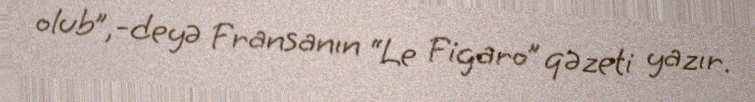
olub”,-deyə Fransanın “Le Figaro” qəzeti yazır.